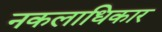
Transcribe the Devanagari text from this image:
नकलाधिकार